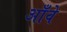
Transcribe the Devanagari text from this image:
आँवे